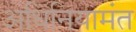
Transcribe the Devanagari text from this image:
अधिनियामंत